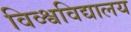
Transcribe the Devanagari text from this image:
विव्श्वविद्यालय